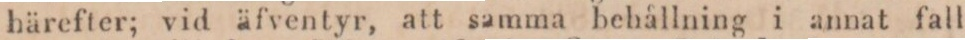
härefter; vid äfventyr, att samma behållning i annat fall